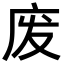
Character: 废